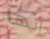
إنها